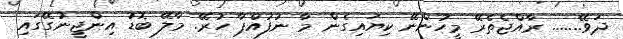
ދަވޭ....... ރާއްޖެތެރޭ މީހުންނޭ ކިޔައިގެން މާ ނުފުއްޕާ ހުރޭ. މާލޭ ބޮޑު އިންޖީނުގޭގައި